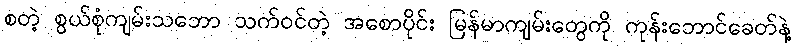
စတဲ့ စွယ်စုံကျမ်းသဘော သက်ဝင်တဲ့ အစောပိုင်း မြန်မာကျမ်းတွေကို ကုန်းဘောင်ခေတ်နဲ့